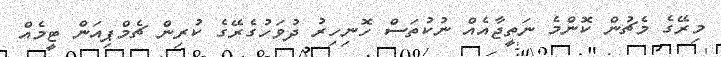
މިރޭގެ މެޗުން ކޮންމެ ނަތީޖާއެއް ނުކުތަސް ހޮނިހިރު ދުވަހުގެރޭގެ ކުރިން ޗެމްޕިއަން ޓީމެއް